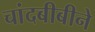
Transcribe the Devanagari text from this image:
चांदबीबीने